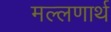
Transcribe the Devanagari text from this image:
मल्लणार्थ